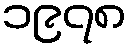
၁၉၇၈